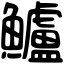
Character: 鱸